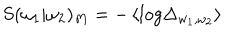
S ( \omega _ { 1 } | \omega _ { 2 } ) _ { M } = - \left\langle l o g \Delta _ { w _ { 1 } , \omega _ { 2 } } \right\rangle